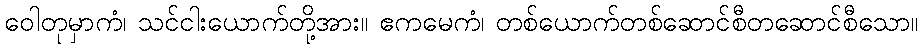
ဝေါတုမှာကံ၊ သင်ငါးယောက်တို့အား။ ဧကမေကံ၊ တစ်ယောက်တစ်ဆောင်စီတဆောင်စီသော။